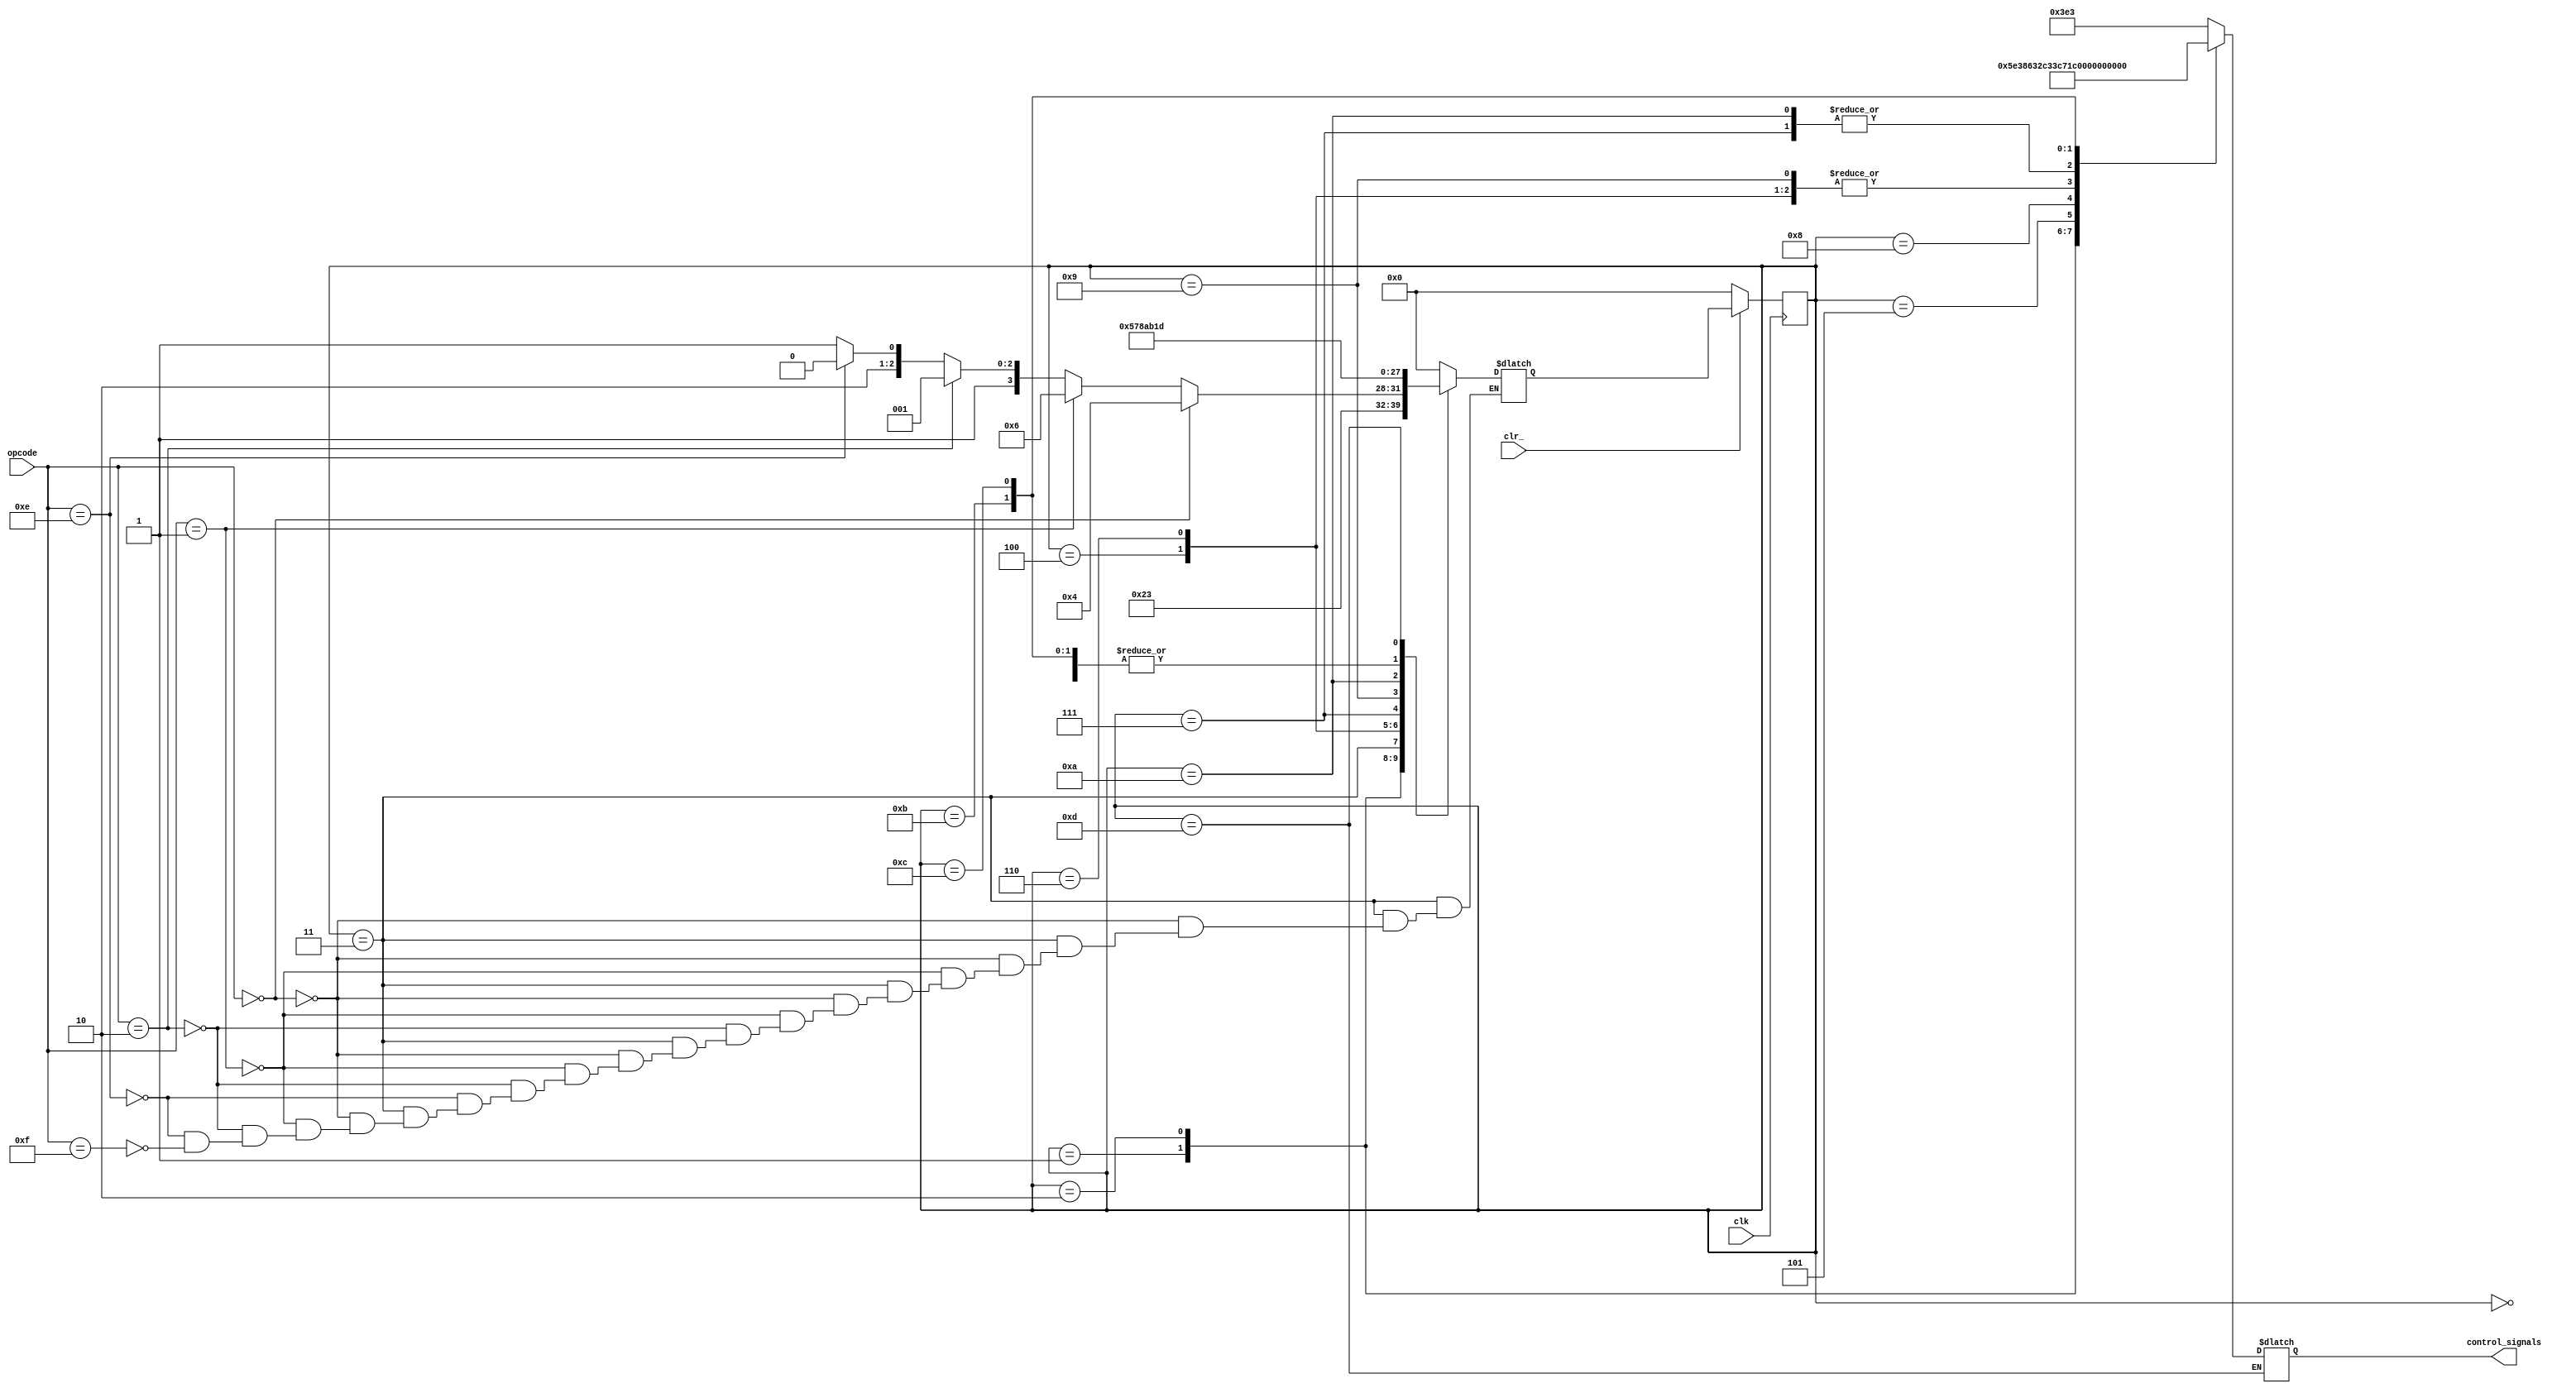
// This program was cloned from: https://github.com/tangxifan/micro_benchmark
// License: MIT License

module Controller(
	output reg [11:0] control_signals,
	input [3:0] opcode,
	input clk,
	input clr_
	); 
	
	reg [3:0] ps, ns;
	
	always @(posedge clk)
	begin
		if(~clr_) ps <= 4'd0;
		else ps <= ns;
	end
	
	always @(*)
	begin
		case(ps)
			0:
			begin
				control_signals = 12'h3e3;
				ns = 4'd1;		
			end
			
			1: //T1
			begin
				control_signals = 12'h5e3;
				ns = 4'd2;	
			end
			
			2: //T2
			begin
//				control_signals = 12'hbe3;
				control_signals = 12'h863;
				ns = 4'd3;	
			end
			
			3: //T3
			begin
//				control_signals = 12'h263;
				control_signals = 12'h3e3;
				if(opcode == 4'd0) //LDA
					ns = 4'd4;
				else if(opcode == 4'd1) //ADD
					ns = 4'd6;
				else if(opcode == 4'd2) //SUB
					ns = 4'd9;
				else if(opcode == 4'd14) //OUT
					ns = 4'd12;
				else if(opcode == 4'd15) //HLT
					ns = 4'd13;
			end
			
			4: //LDA
			begin
				control_signals = 12'h1a3;
				ns = 4'd5;	
			end
			
			5: //LDA
			begin
				control_signals = 12'h2c3;
				ns = 4'd1;	
			end
			
			6: //ADD
			begin
				control_signals = 12'h1a3;
				ns = 4'd7;	
			end
			
			7: //ADD
			begin
				control_signals = 12'h2e1;
				ns = 4'd8;	
			end
			
			8: //ADD
			begin
				control_signals = 12'h3c7;
				ns = 4'd1;	
			end
			
			9: //SUB
			begin
				control_signals = 12'h1a3;
				ns = 4'd10;	
			end
			
			10: //SUB
			begin
				control_signals = 12'h2e1;
				ns = 4'd11;	
			end
			
			11: //SUB
			begin
				control_signals = 12'h3cf;
				ns = 4'd1;	
			end
			
			12: //OUT
			begin
				control_signals = 12'h3f2;
				ns = 4'd1;	
			end
			
			13: //HLT
				ns = 4'd13;	
			
			default: 
			begin
				ns = 4'd0;
				control_signals = 12'h3e3;
			end
		
		endcase
	end	
endmodule